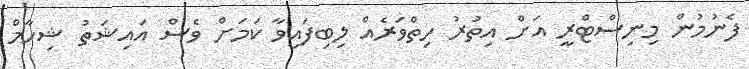
ފެނުމުން މިނިސްޓްރީ އަށް އިތުރު ހިތްވަރެއް ލިބިފައިވާ ކަމަށް ވެސް އައިޝަތު ޝިހާމް